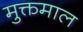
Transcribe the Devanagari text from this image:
मुक्तमाल